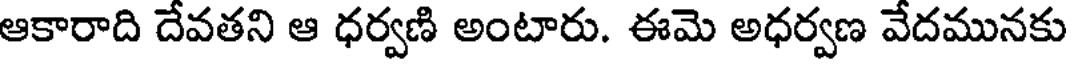
ఆకారాది దేవతని ఆ ధర్వణి అంటారు. ఈమె అధర్వణ వేదమునకు